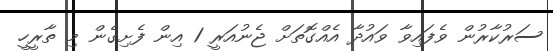
ސަރުކާރުން ވެފައިވާ ވައުދާ އެއްގޮތަށް ޖެނުއަރީ 1 އިން ފެށިގެން މި ތާރީހީ